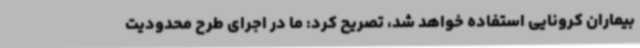
بیماران کرونایی استفاده خواهد شد، تصریح کرد: ما در اجرای طرح محدودیت